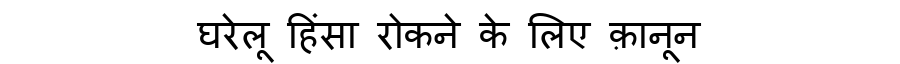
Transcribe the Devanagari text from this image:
घरेलू हिंसा रोकने के लिए क़ानून